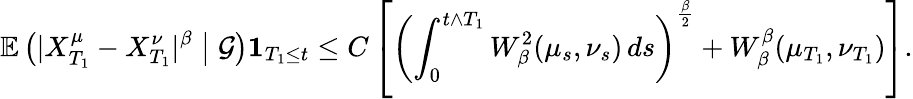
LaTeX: \mathbb{E}\left(|X_{T_{1}}^{\mu}-X_{T_{1}}^{\nu}|^{\beta}\bigm|\mathcal{G}\right)\mathbf{1}_{T_{1}\leq t}\leq C\left[\left(\int_{0}^{t\wedge T_{1}}W_{\beta}^{2}(\mu_{s},\nu_{s})\, ds\right)^{\frac{\beta}{2}}+W_{\beta}^{\beta}(\mu_{T_{1}},\nu_{T_{1}})\right].